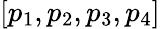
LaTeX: [p_{1},p_{2},p_{3},p_{4}]